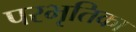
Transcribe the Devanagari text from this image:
परभृतिका